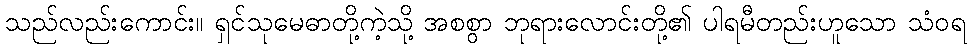
သည်လည်းကောင်း။ ရှင်သုမေဓာတို့ကဲ့သို့ အစစွာ ဘုရားလောင်းတို့၏ ပါရမီတည်းဟူသော သံဝရ